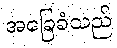
အခြေခံသည်